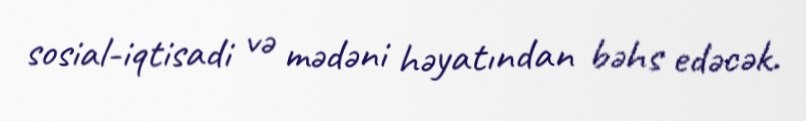
sosial-iqtisadi və mədəni həyatından bəhs edəcək.